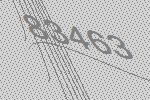
83463